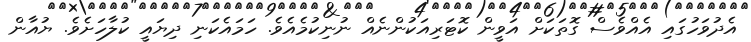
އެދުވަހުގައި އެއްވެސް ގޮތަކަށް އަވީން ކޮޓަރިއަކުންނެއް ނުނިކުމެއެވެ. ހަމައެކަނި ދިޔައީ ކުލާހަށެވެ. ޔުއާން